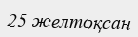
25 желтоқсан